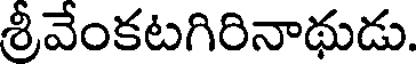
శ్రీవేంకటగిరినాథుడు.